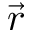
\vec { r }